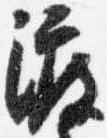
渡